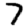
Digit: 7